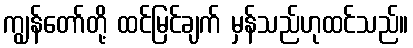
ကျွန်တော်တို့ ထင်မြင်ချက် မှန်သည်ဟုထင်သည်။